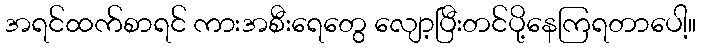
အရင်ထက်စာရင် ကားအစီးရေတွေ လျော့ပြီးတင်ပို့နေကြရတာပေါ့။